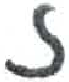
אות: ז